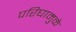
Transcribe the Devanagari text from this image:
परिघामुळे